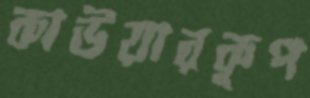
কাউয়ারকূপ